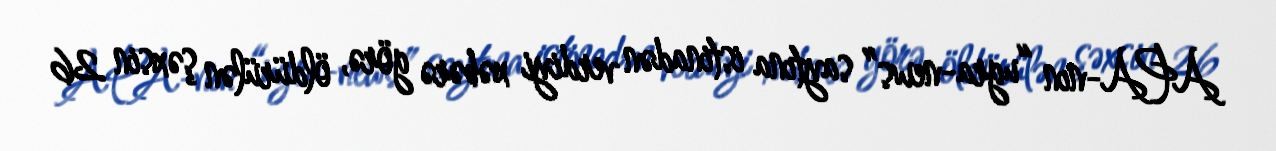
APA-nın “ugra-news” saytına istinadən verdiyi xəbərə görə, öldürülən şəxsin 26